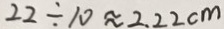
2 2 \div 1 0 \approx 2 . 2 2 c m